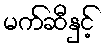
မက်ဆီနှင့်